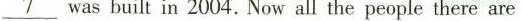
\underline{7}wasbuilt in 2004.Now all the people there are